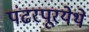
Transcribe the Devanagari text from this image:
पंढरपूरयेथे